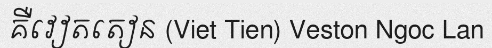
គឺវៀតតៀន (Viet Tien) Veston Ngoc Lan